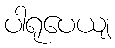
ပါရုပေယျ